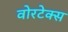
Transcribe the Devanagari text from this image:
वोरटेक्स